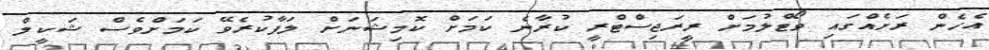
އެހެން ރަށެެއްގައި ވޯޓްލުމަށް ރީރަޖިސްޓްރީ ކުރާނެ ކަމަށް ކޮމިޝަނަށް ލަފާކުރެވޭ ކަމަށްވެސް ޝަކީލް